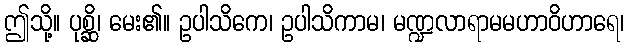
ဤသို့။ ပုစ္ဆိ၊ မေး၏။ ဥပါသိကေ၊ ဥပါသိကာမ၊ မဏ္ဍလာရာမမဟာဝိဟာရေ၊